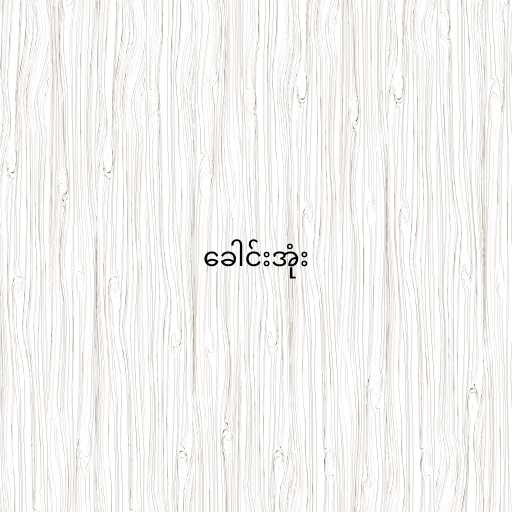
ခေါင်းအုံး